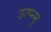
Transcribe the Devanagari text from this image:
उत्प्‍न्न्